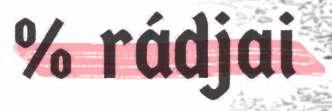
% rádjai